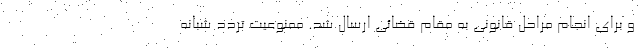
و برای انجام مراحل قانونی به مقام قضائی ارسال شد. ممنوعیت تردد شبانه